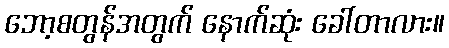
ဘော့စတွန်အတွက် နောက်ဆုံး ခေါ်တာလား။